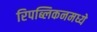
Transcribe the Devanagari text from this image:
रिपब्लिकनमध्ये